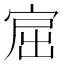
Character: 𰍅